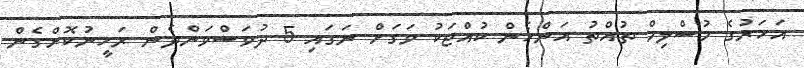
އަހަރުގެ މުސްލިމް ތުއްތު އަންހެން ކުއްޖަކު ވަގަށް ނަގައި 5 ދުވަސްވަންދެން ރަހީނުކޮށްގެން